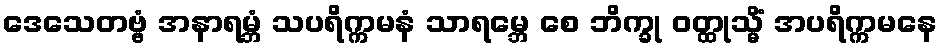
ဒေသေတဗ္ဗံ အနာရမ္ဘံ သပရိက္ကမနံ သာရမ္ဘေ စေ ဘိက္ခု ဝတ္ထုသ္မိံ အပရိက္ကမနေ